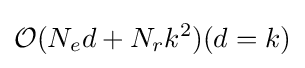
{\mathcal {O}}(N_{e}d+N_{r}k^{2})(d=k)